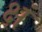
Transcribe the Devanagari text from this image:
क्षं